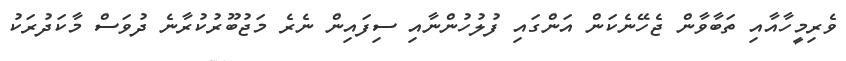
ވެރިމީހާއާއި ތަބާވާން ޖެހޭނެކަން އަންގައި ފުލުހުންނާއި ސިފައިން ނެރެ މަޖުބޫރުކުރާނެ ދުވަސް މާކަދުރަކު